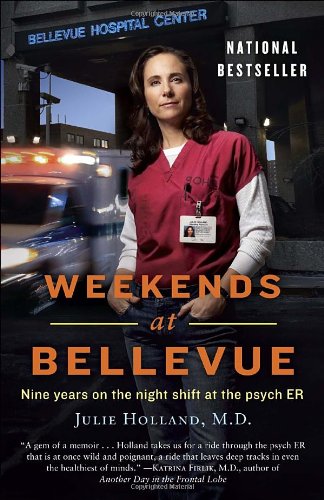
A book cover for Weekends at Bellevue: Nine Years on the Night Shift at the Psych ER; Julie Holland; Biographies & Memoirs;